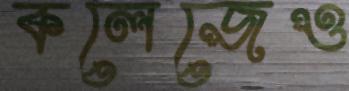
কলেজেও